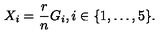
X _ { i } = \frac { r } { n } G _ { i } , i \in \{ 1 , \ldots , 5 \} .